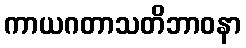
ကာယဂတာသတိဘာဝနာ